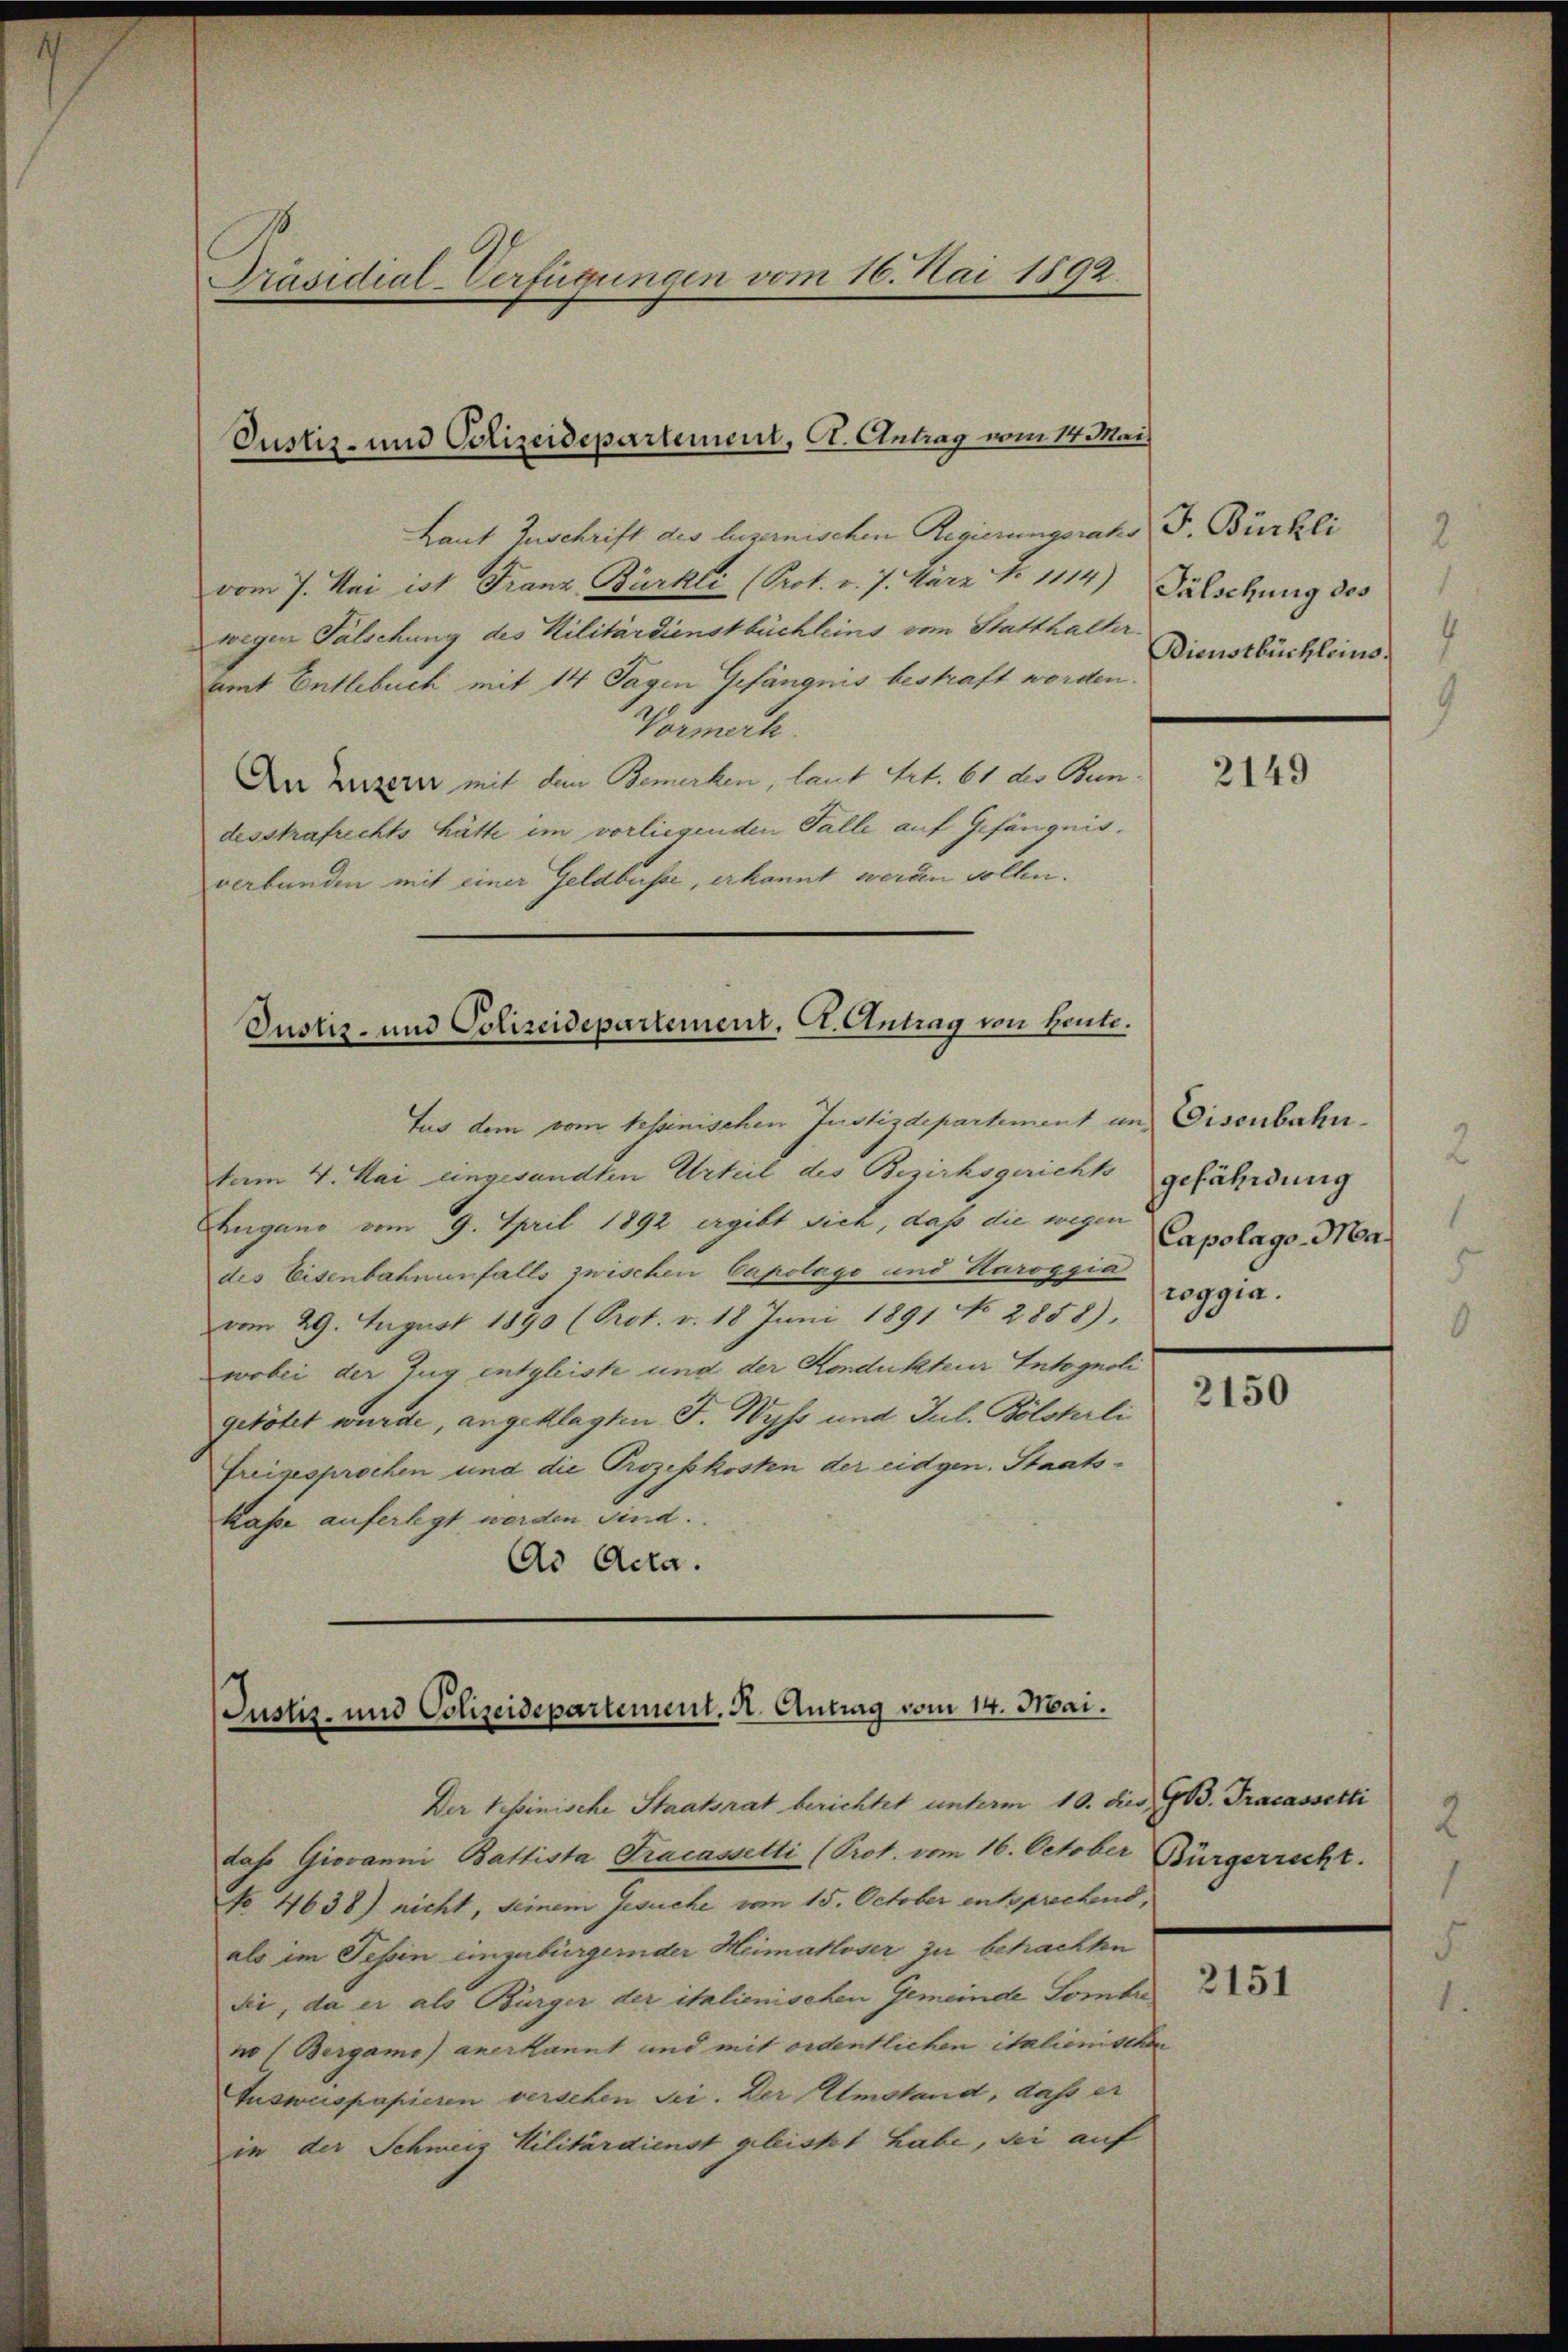
Präsidial-Verfügungen vom 16. Mai 1892.

Laut Zuschrift des luzernischen Regierungsrates F. Bürkli
vom 7. Mai ist Franz, Bürkli (Prot. v. 7. März N. 1114) Fälschung des
wegen Falschung des Militärdienstbüchleins von Statthalter
amt Entlebuch mit 14 Tagen Gefängnis bestraft worden.
Vormerk.
Der Luzern mit dem Bemerken, laut Art. 61 des Bundesstrafrechts hätte im vorliegenden Falle auf Gefängnis.
verbunden mit einer Geldbusse, erkannt werden vollen.

Justiz- und Polizeidepartement, St. Antrag vom 14. Mai

Justiz- und Polizeidepartement. A. Antrag von Heute.

fus dem vom tessinischen Justizdepartement und Eisenbahnfam 4. Mai eingesandten Urteil des Bezirksgerichts
Lugano vom 9. April 1892 ergibt sich, daß die wegen Capolags-Ma
des Eisenbahnenfalls zwischen Capolago und Karoggia
vom 29. August 1890 (Prot. v. 18 Juni 1891 No 2858).
wobei der Zug entgleiste und der Kondukteur Intognoli
getötet wurde, angeklagten F. Wyss und Jul. Bölsterli
freigesprochen und die Prozeßkosten der eidgen. Staats¬
Kasse auferlegt werden sind.
Ad Acta.

Justiz- und Polizeidepartement. A. Antrag vom 14. Mai.

Der Tessinische Staatsrat berichtet unterm 10. die
dah. Giovanni Battista Tracassetti (Prot. vom 16. October Bürgerrecht.
No 4638) nicht, seinem Gesuche vom 15. October entsprechend,
als im Tessin einzubürgernder Heimatloser zu betrachten
Sei, da er als Bürger der italienischen Gemeinde Sombre
no Bergamo anerkannt und mit ordentlichen italienischen
Ausweispapieren versehen sei. Der Umstand, dass er
in der Schweiz Militärdienst geleistet habe, sei auf

2
Dienstbüchleins.

2149

gefährdung
roggia.

i G. Fracassetti
2

2151